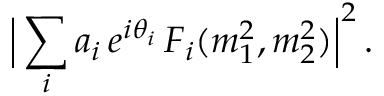
\Big | \sum _ { i } a _ { i } \, e ^ { i \theta _ { i } } \, F _ { i } ( m _ { 1 } ^ { 2 } , m _ { 2 } ^ { 2 } ) \Big | ^ { 2 } \, .